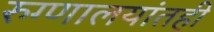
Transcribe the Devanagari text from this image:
रुग्णालयांतही